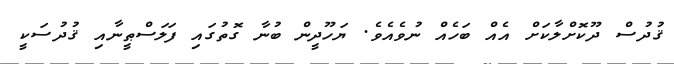
ޤުދުސް ދޫކޮށްލާކަށް އެއް ބަހެއް ނުވެއެވެ. ޔަހޫދީން ބުނާ ގޮތުގައި ފަލަސްޠީނާއި ޤުދުސަކީ